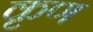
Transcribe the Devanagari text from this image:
कृण